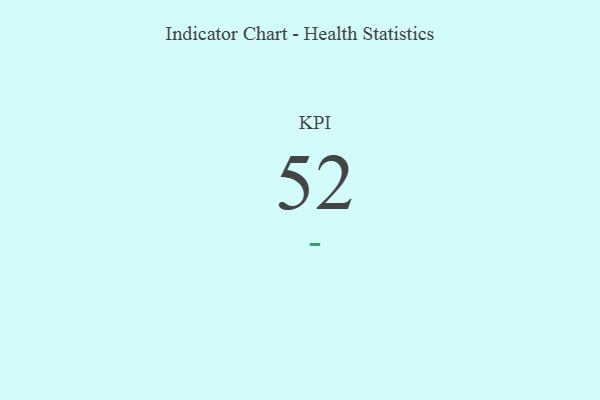
{"axis": {"x": "KPI", "y": "Value"}, "legend": [""], "data": [{"x": "KPI", "y": 52, "type": ""}]}